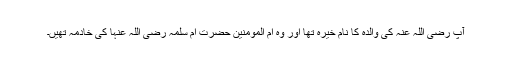
آپ رضی اللہ عنہٗ کی والدہ کا نام خیرہؓ تھا اور وہ اُم المومنین حضرت امِ سلمہ رضی اللہ عنہا کی خادمہ تھیں۔